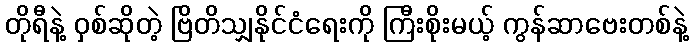
တိုရီနဲ့ ဝှစ်ဆိုတဲ့ ဗြိတိသျှနိုင်ငံရေးကို ကြီးစိုးမယ့် ကွန်ဆာဗေးတစ်နဲ့